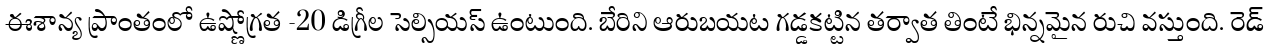
ఈశాన్య ప్రాంతంలో ఉష్ణోగ్రత -20 డిగ్రీల సెల్సియస్ ఉంటుంది. బేరిని ఆరుబయట గడ్డకట్టిన తర్వాత తింటే భిన్నమైన రుచి వస్తుంది. రెడ్